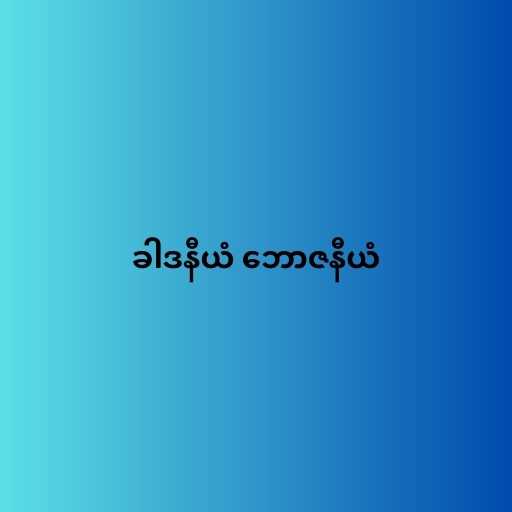
ခါဒနီယံ ဘောဇနီယံ